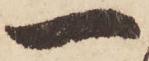
一